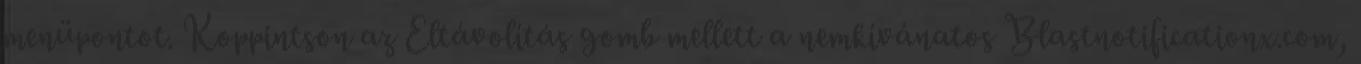
menüpontot. Koppintson az Eltávolítás gomb mellett a nemkívánatos Blastnotificationx.com,